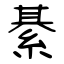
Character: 綦